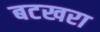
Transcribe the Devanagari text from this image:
बटखरा